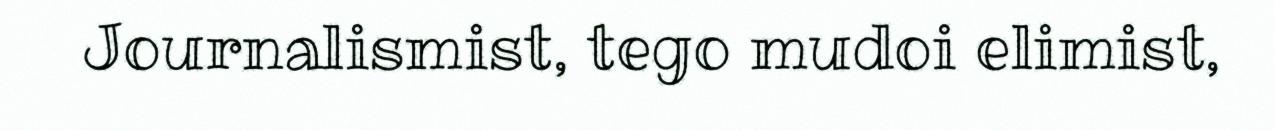
Journalismist, tego mudoi elimist,